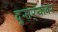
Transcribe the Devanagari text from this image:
दुसर्‍यावर